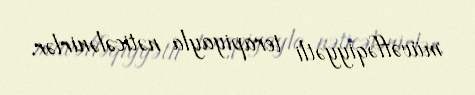
müvəffəqiyyətli terapiyayla nəticələnirlər.